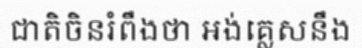
ជាតិចិនរំពឹងថា អង់គ្លេសនឹង